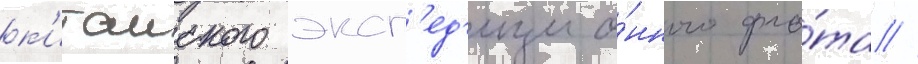
к'итаиского эксп'ед'ицио́нного фло́та //